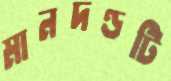
মানদণ্ডটি